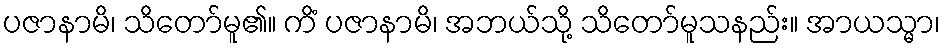
ပဇာနာမိ၊ သိတော်မူ၏။ ကိံ ပဇာနာမိ၊ အဘယ်သို့ သိတော်မူသနည်း။ အာယသ္မာ၊